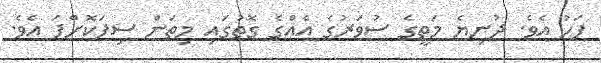
ފަހު އެވެ. ދުނިޔެ މަތީގެ ސުވަރުގެ އެއްގެ ގޮތުގައި މިތަން ސިފަކޮށްފަ އެވެ.